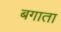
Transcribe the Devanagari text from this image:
बगाता